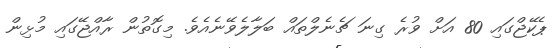
ޕެކޭޖްގައި 80 އަށް ވުރެ ގިނަ ޗެނެލްތައް ބަލާލެވޭނެއެވެ. މިގޮތުން ރާއްޖޭގައި މުޅިން